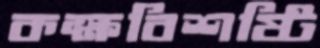
কক্ষবিশষ্টি